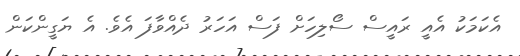
އެކަމަކު އެއީ ރައީސް ސޯލިހަށް ފަސް އަަހަރު ދެއްވާފަ އެވެ. އެ ޔަގީންކަން